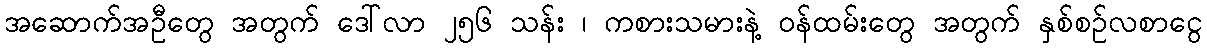
အဆောက်အဦတွေ အတွက် ဒေါ်လာ ၂၅၆ သန်း ၊ ကစားသမားနဲ့ ဝန်ထမ်းတွေ အတွက် နှစ်စဉ်လစာငွေ